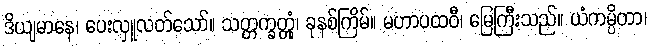
ဒိယျမာနေ၊ ပေးလှူလတ်သော်။ သတ္တက္ခတ္တုံ၊ ခုနစ်ကြိမ်။ မဟာပထဝီ၊ မြေကြီးသည်။ ယံကမ္ပိတာ၊